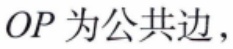
\(OP\)为公共边，